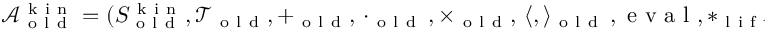
\begin{array} { r } { \mathcal { A } _ { \mathrm { ~ o ~ l ~ d ~ } } ^ { \mathrm { ~ k ~ i ~ n ~ } } = ( S _ { \mathrm { ~ o ~ l ~ d ~ } } ^ { \mathrm { ~ k ~ i ~ n ~ } } , \mathcal { T } _ { \mathrm { ~ o ~ l ~ d ~ } } , + _ { \mathrm { ~ o ~ l ~ d ~ } } , \, \cdot _ { \mathrm { ~ o ~ l ~ d ~ } } \, , \times _ { \mathrm { ~ o ~ l ~ d ~ } } , \, \langle , \rangle _ { \mathrm { ~ o ~ l ~ d ~ } } \, , \mathrm { ~ e ~ v ~ a ~ l ~ } , * _ { \mathrm { ~ l ~ i ~ f ~ t ~ } } , \mathcal { M } _ { \mathrm { ~ o ~ l ~ d ~ } } ) . } \end{array}